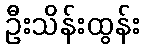
ဦးသိန်းထွန်း